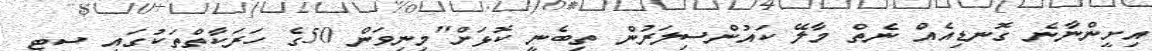
އިށީންނާނެ ގޮނޑިއެއް ނެތް މާލޭ ކައުންސިލަރުން ތިބެނީ ކޮޅަށް"މިނިވަން 50ގެ ހަރަކާތްތަކުގައި ސިޓީ